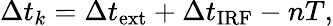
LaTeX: \Delta t_{k}=\Delta t_{\mathrm{ext}}+\Delta t_{\mathrm{IRF}}-nT,